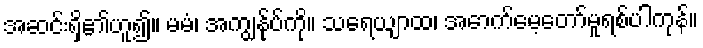
အဆင်းရှိ၏ဟူ၍။ မမံ၊ အကျွန်ုပ်ကို။ သရေယျာထ၊ အောက်မေ့တော်မူရစ်ပါကုန်။